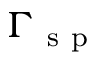
\Gamma _ { \mathrm { ~ s ~ p ~ } }